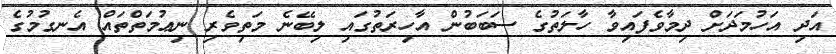
އަދި އަހުމަދަށް ދިމާވެފައިވާ ހާލަތުގެ ސަބަބުން އާހިރަތުގައި ލިބޭނެ މަތިވެރި ނިޢުމަތްތައް އެނގުމުގެ